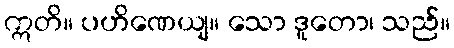
ဣတိ။ ပဟိဏေယျ။ သော ဒူတော၊ သည်။